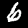
Digit: 6